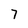
Character: 7